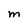
Character: M